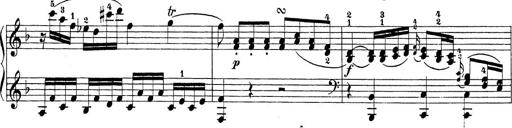
Title: Sonatina Album
Composer: Louis KÃ¶hler